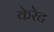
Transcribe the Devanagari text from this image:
केरेट